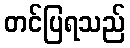
တင်ပြရသည်